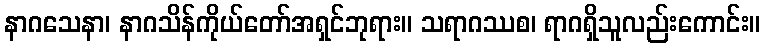
နာဂသေနာ၊ နာဂသိန်ကိုယ်တော်အရှင်ဘုရား။ သရာဂဿစ၊ ရာဂရှိသူလည်းကောင်း။